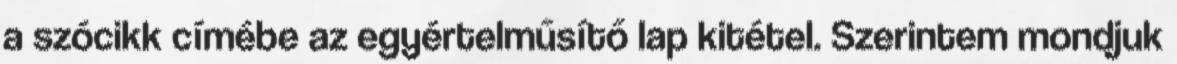
a szócikk címébe az egyértelműsítő lap kitétel. Szerintem mondjuk